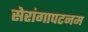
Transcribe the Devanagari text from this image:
सेरांगापटनम